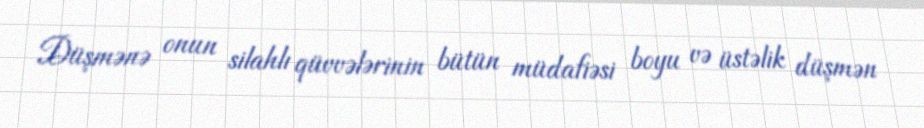
Düşmənə onun silahlı qüvvələrinin bütün müdafiəsi boyu və üstəlik düşmən